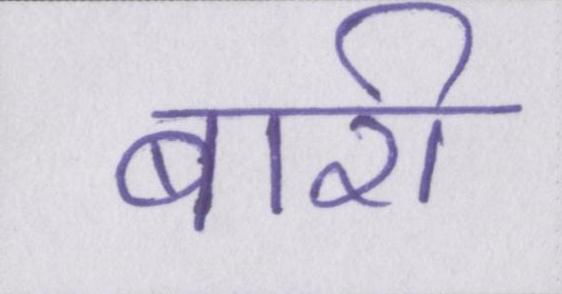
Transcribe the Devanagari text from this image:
बारी